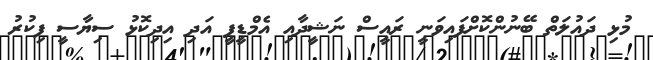
މުޅި ދައުލަތް ބޭނުންކޮށްފައިވަނީ ރައީސް ނަޝީދާއި އެމްޑީޕީ އަދި އިދިކޮޅު ސިޔާސީ ފިކުރު